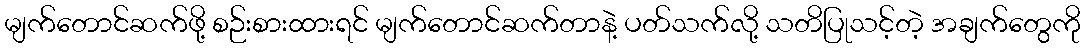
မျက်တောင်ဆက်ဖို့ စဉ်းစားထားရင် မျက်တောင်ဆက်တာနဲ့ ပတ်သက်လို့ သတိပြုသင့်တဲ့ အချက်တွေကို